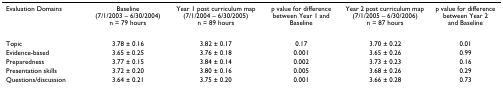
<table><thead><tr><td><b>Evaluation Domains</b></td><td><b>Baseline (7/1/2003 – 6/30/2004) n = 79 hours</b></td><td><b>Year 1 post curriculum map (7/1/2004 – 6/30/2005) n = 89 hours</b></td><td><b>p value for difference between Year 1 and Baseline</b></td><td><b>Year 2 post curriculum map (7/1/2005 – 6/30/2006) n = 87 hours</b></td><td><b>p value for difference between Year 2 and Baseline</b></td></tr></thead><tbody><tr><td>Topic</td><td>3.78 ± 0.16</td><td>3.82 ± 0.17</td><td>0.17</td><td>3.70 ± 0.22</td><td>0.01</td></tr><tr><td>Evidence-based</td><td>3.65 ± 0.25</td><td>3.76 ± 0.18</td><td>0.001</td><td>3.65 ± 0.26</td><td>0.99</td></tr><tr><td>Preparedness</td><td>3.77 ± 0.15</td><td>3.84 ± 0.14</td><td>0.002</td><td>3.73 ± 0.23</td><td>0.16</td></tr><tr><td>Presentation skills</td><td>3.72 ± 0.20</td><td>3.80 ± 0.16</td><td>0.005</td><td>3.68 ± 0.26</td><td>0.29</td></tr><tr><td>Questions/discussion</td><td>3.64 ± 0.21</td><td>3.75 ± 0.20</td><td>0.001</td><td>3.66 ± 0.28</td><td>0.73</td></tr></tbody></table>